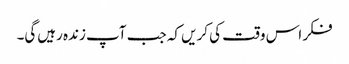
فکر اس وقت کی کریں کہ جب آپ زندہ رہیں‌گی۔